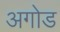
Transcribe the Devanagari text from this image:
अगोड